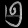
Digit: ၅